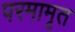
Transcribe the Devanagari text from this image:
परमामृत